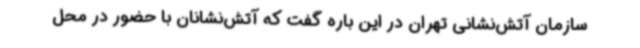
سازمان آتش‌نشانی تهران در این باره گفت که آتش‌نشانان با حضور در محل